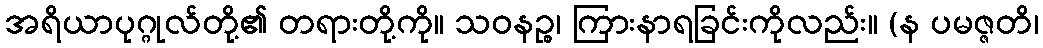
အရိယာပုဂ္ဂုလ်တို့၏ တရားတို့ကို။ သဝနဉ္စ၊ ကြားနာရခြင်းကိုလည်း။ (န ပမဇ္ဇတိ၊